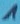
Text: 1